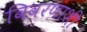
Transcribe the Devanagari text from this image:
विवरणाशी